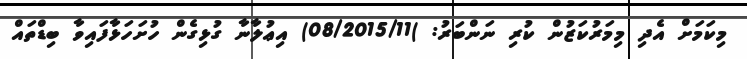
މިކަމަށް އެދި މިމަރުކަޒުން ކުރި ނަންބަރު: )08/2015/11) އިޢުލާނާ ގުޅިގެން ހުށަހަޅާފައިވާ ބިޑްތައް